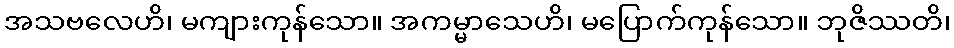
အသဗလေဟိ၊ မကျားကုန်သော။ အကမ္မာသေဟိ၊ မပြောက်ကုန်သော။ ဘုဇိဿတိ၊